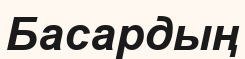
Басардың